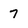
Character: 7